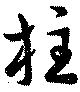
柱